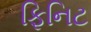
ફિનિટ